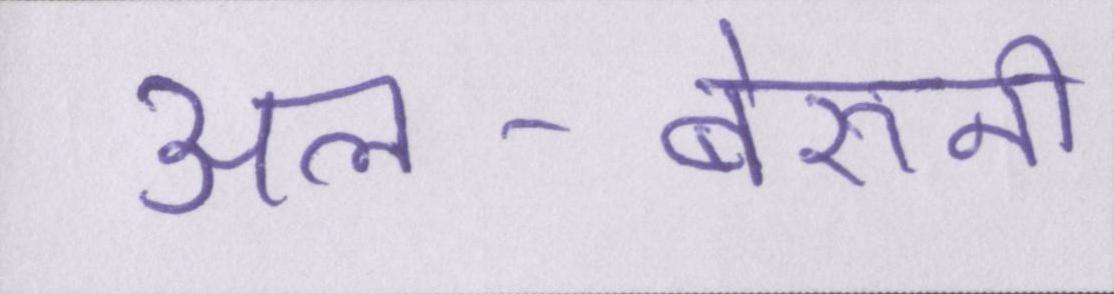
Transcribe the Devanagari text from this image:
अल-बेरुनी